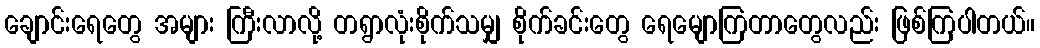
ချောင်းရေတွေ အများ ကြီးလာလို့ တရွာလုံးစိုက်သမျှ စိုက်ခင်းတွေ ရေမျောကြတာတွေလည်း ဖြစ်ကြပါတယ်။